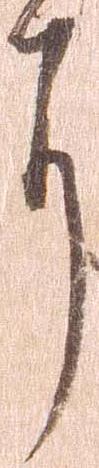
に